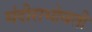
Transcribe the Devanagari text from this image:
मंदीराभोवती